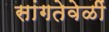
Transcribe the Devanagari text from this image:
सांगतेवेळीं